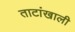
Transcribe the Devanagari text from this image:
ताटांखाली